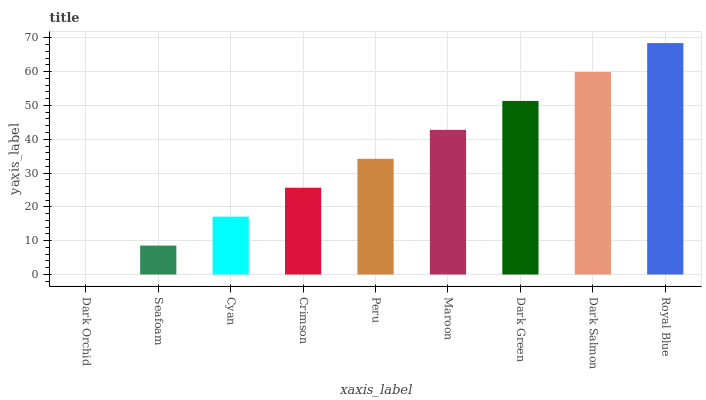
| xaxis_label | bars |
 | --- | --- |
 | Dark Orchid | 0 |
 | Seafoam | 8.56 |
 | Cyan | 17.1 |
 | Crimson | 25.7 |
 | Peru | 34.2 |
 | Maroon | 42.8 |
 | Dark Green | 51.3 |
 | Dark Salmon | 59.9 |
 | Royal Blue | 68.5 |